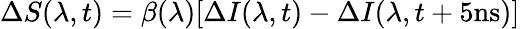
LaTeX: \Delta S(\lambda,t)=\beta(\lambda)[\Delta I(\lambda,t)-\Delta I(\lambda,t+5\textrm{ns})]